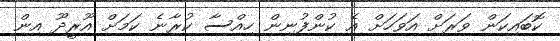
ކޮބައިކަން ވަރަށް އަވަހަށް އެ ކުންފުނިން ހިއްސާ ކުރާނެ ކަމަށް އޫރީދޫ އިން